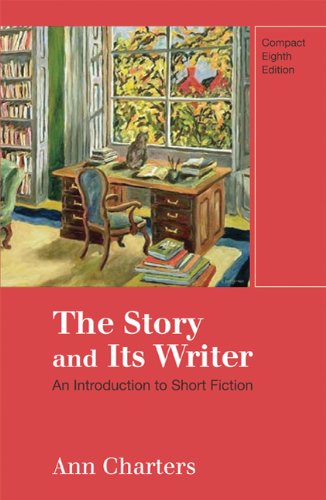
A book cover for The Story and Its Writer: An Introduction to Short Fiction, Compact 8th Edition; Literature & Fiction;